Regulations for the medical services of the Army of India
Year: 1930
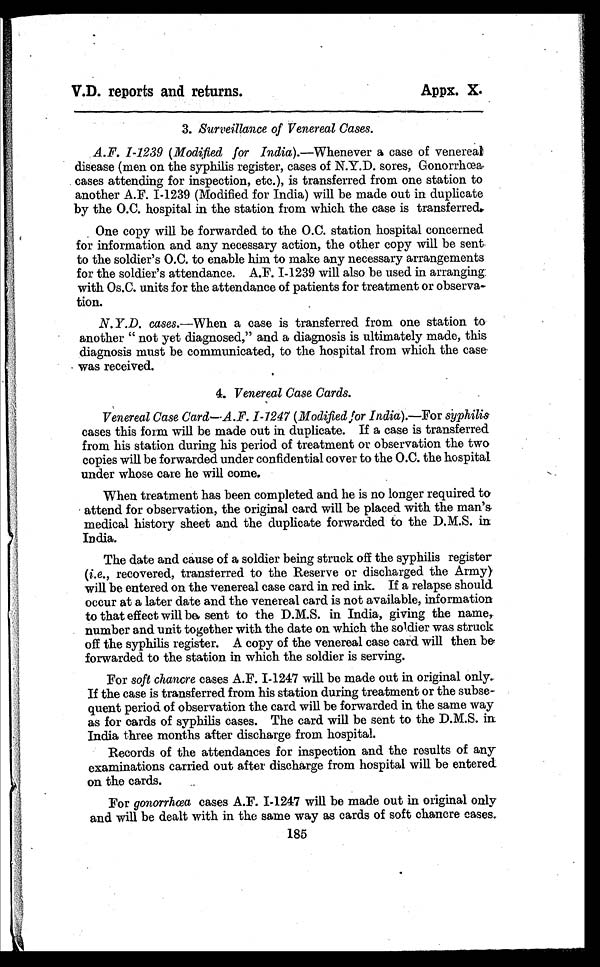
V.D. reports and returns.
Appx. X.
3. Surveillance of Venereal Cases.
A.F. I-1239 (Modified for India). —Whenever a case of venereal
disease (men on the syphilis register, cases of N.Y.D. sores, Gonorrhœa.
cases attending for inspection, etc.), is transferred from one station to
a not he r A. F. I - 1239 ( Modi f i e d f or I ndi a ) wi l l be ma de out i n dupl i c a t e
by the O.C. hospital in the station from which the case is transferred.
One copy will be forwarded to the O.C. station hospital concerned
for information and any necessary action, the other copy will be sent
to the soldier's O.C. to enable him to make any necessary arrangements
for the soldier's attendance. A.F. 1-1239 will also be used in arranging:
with Os.C. units for the attendance of patients for treatment or observa-
tion.
N. Y.D. cases.—When a case is transferred from one station to
another " not yet diagnosed," and a diagnosis is ultimately made, this
diagnosis must be communicated, to the hospital from which the case
was received.
4. Venereal Case Cards.
Venereal Case Card—A .F. I-1247 (Modified for India).— Fors y p h i l i s
cases this form will be made out in duplicate. If a case is transferred
from his station during his period of treatment or observation the two
copies will be forwarded under confidential cover to the O.C. the hospital
under whose care he will come.
When treatment has been completed and he is no longer required to
attend for observation, the original card will be placed with the man's,
medical history sheet and the duplicate forwarded to the D.M.S. in
India.
The date and cause of a soldier being struck off the syphilis register
( i.e. , recovered, transferred to the Reserve or discharged the Army),
will be entered on the venereal case card in red ink. If a relapse should
occur at a later date and the venereal card is not available, information
to that effect will be, sent to the D.M.S. in India, giving the name,.
number and unit together with the date on which the soldier was struck
off the syphilis register. A copy of the venereal case card will then be
forwarded to the station in which the soldier is serving.
For soft chancre cases A.F. I-1247 will be made out in original only.
If the case is transferred from his station during treatment or the subse-
quent period of observation the card will be forwarded in the same way
as for cards of syphilis cases. The card will be sent to the D.M.S. in
India three months after discharge from hospital.
Records of the attendances for inspection and the results of any
examinations carried out after discharge from hospital will be entered
on the cards.
For gonorrhœa cases A.F. I-1247 will be made out in original only
and will be dealt with in the same way as cards of soft chancre cases.
185